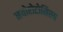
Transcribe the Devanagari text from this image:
नयोरोटोसिस्म